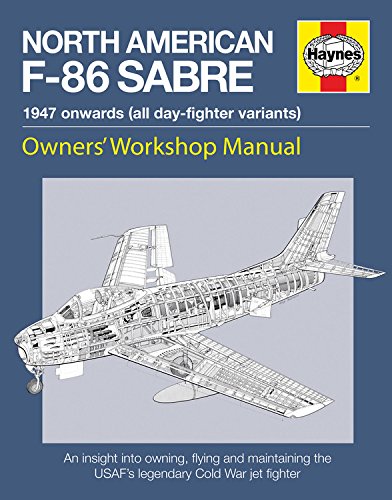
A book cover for North American F-86 Sabre Owners' Workshop Manual: An insight into owning, flying, and maintaining the USAF's legendary; Mark Linney; History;